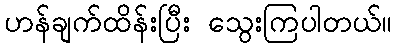
ဟန်ချက်ထိန်းပြီး သွေးကြပါတယ်။